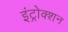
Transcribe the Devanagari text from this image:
इंट्रोक्शन